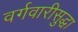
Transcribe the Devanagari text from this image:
वर्गवारीसुद्धा